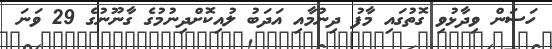
ހަސަން ވިދާޅުވި ގޮތުގައި މާފު ދިނުމާއި އަދަބު ލުއިކޮށްދިނުމުގެ ގާނޫނުގެ 29 ވަނަ